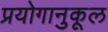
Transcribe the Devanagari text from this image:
प्रयोगानुकूल